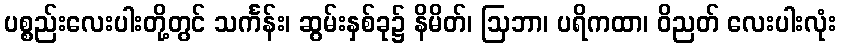
ပစ္စည်းလေးပါးတို့တွင် သင်္ကန်း၊ ဆွမ်းနှစ်ခု၌ နိမိတ်၊ ဩဘာ၊ ပရိကထာ၊ ဝိညတ် လေးပါးလုံး